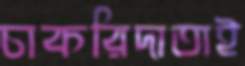
চাকরিদাতাই